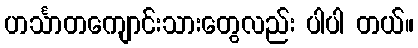
ဟင်္သာတကျောင်းသားတွေလည်း ပါပါ တယ်။